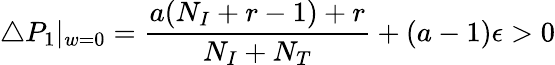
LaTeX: \triangle P_{1}|_{w=0}=\frac{a(N_{I}+r-1)+r}{N_{I}+N_{T}}+(a-1)\epsilon>0